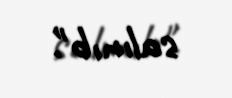
salınıb".